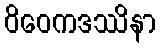
ဝိဝေကဒဿိနာ